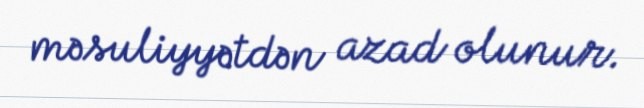
məsuliyyətdən azad olunur.